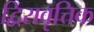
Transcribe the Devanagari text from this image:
द्विरावृत्तिक